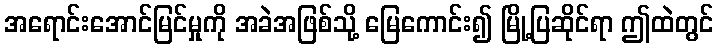
အရောင်းအောင်မြင်မှုကို အခဲအဖြစ်သို့ မြေကောင်း၍ မြို့ပြဆိုင်ရာ ဤထဲတွင်